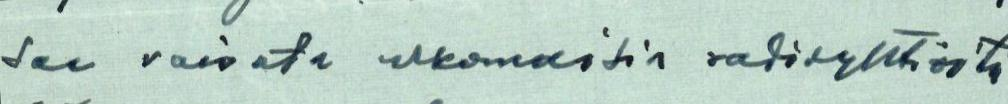
saa vaivata ulkomaisia radioyhtiöitä